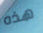
هذه